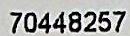
70448257